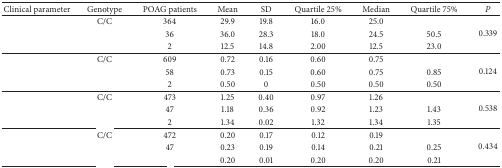
<table><thead><tr><td><b>Clinical parameter</b></td><td><b>Genotype</b></td><td><b>POAG patients</b></td><td><b>Mean</b></td><td><b>SD</b></td><td><b>Quartile 25%</b></td><td><b>Median</b></td><td><b>Quartile 75%</b></td><td><b><i>P</i></b></td></tr></thead><tbody><tr><td rowspan="3">[EMPTY_CELL]</td><td>C/C</td><td>364</td><td>29.9</td><td>19.8</td><td>16.0</td><td>25.0</td><td>[EMPTY_CELL]</td><td rowspan="3">0.339</td></tr><tr><td>[EMPTY_CELL]</td><td>36</td><td>36.0</td><td>28.3</td><td>18.0</td><td>24.5</td><td>50.5</td></tr><tr><td>[EMPTY_CELL]</td><td>2</td><td>12.5</td><td>14.8</td><td>2.00</td><td>12.5</td><td>23.0</td></tr><tr><td rowspan="3">[EMPTY_CELL]</td><td>C/C</td><td>609</td><td>0.72</td><td>0.16</td><td>0.60</td><td>0.75</td><td>[EMPTY_CELL]</td><td rowspan="3">0.124</td></tr><tr><td>[EMPTY_CELL]</td><td>58</td><td>0.73</td><td>0.15</td><td>0.60</td><td>0.75</td><td>0.85</td></tr><tr><td>[EMPTY_CELL]</td><td>2</td><td>0.50</td><td>0</td><td>0.50</td><td>0.50</td><td>0.50</td></tr><tr><td rowspan="3">[EMPTY_CELL]</td><td>C/C</td><td>473</td><td>1.25</td><td>0.40</td><td>0.97</td><td>1.26</td><td>[EMPTY_CELL]</td><td rowspan="3">0.538</td></tr><tr><td>[EMPTY_CELL]</td><td>47</td><td>1.18</td><td>0.36</td><td>0.92</td><td>1.23</td><td>1.43</td></tr><tr><td>[EMPTY_CELL]</td><td>2</td><td>1.34</td><td>0.02</td><td>1.32</td><td>1.34</td><td>1.35</td></tr><tr><td rowspan="3">[EMPTY_CELL]</td><td>C/C</td><td>472</td><td>0.20</td><td>0.17</td><td>0.12</td><td>0.19</td><td>[EMPTY_CELL]</td><td rowspan="3">0.434</td></tr><tr><td>[EMPTY_CELL]</td><td>47</td><td>0.23</td><td>0.19</td><td>0.14</td><td>0.21</td><td>0.25</td></tr><tr><td>[EMPTY_CELL]</td><td>[EMPTY_CELL]</td><td>0.20</td><td>0.01</td><td>0.20</td><td>0.20</td><td>0.21</td></tr></tbody></table>